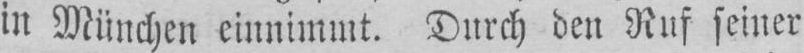
in München einnimmt. Durch den Ruf seiner